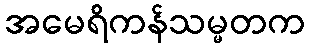
အမေရိကန်သမ္မတက